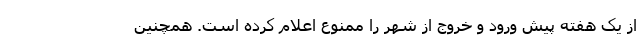
از یک هفته پیش ورود و خروج از شهر را ممنوع اعلام کرده است. همچنین